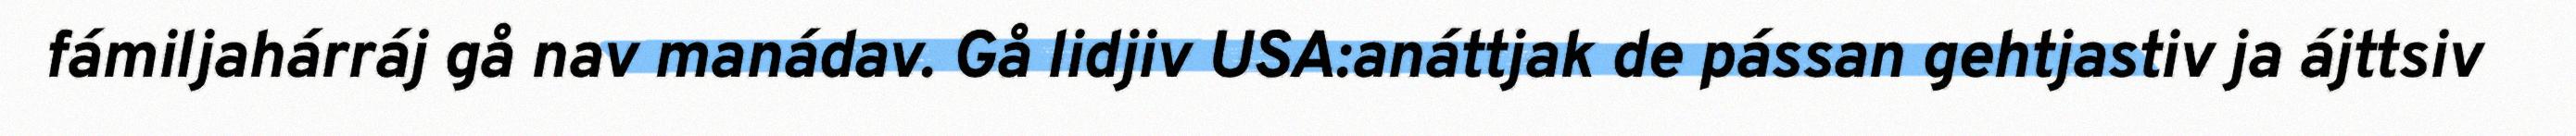
fámiljahárráj gå nav manádav. Gå lidjiv USA:anáttjak de pássan gehtjastiv ja ájttsiv